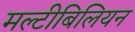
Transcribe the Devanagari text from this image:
मल्टीबिलियन